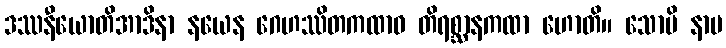
ဒဿနီယောတိအာဒိနာ နယေန ဂေဟဿိတကထာဝ တိရစ္ဆာနကထာ ဟောတိ။ သောပိ နာမ